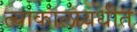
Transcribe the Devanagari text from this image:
त्याकालावधीत